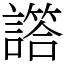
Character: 譗